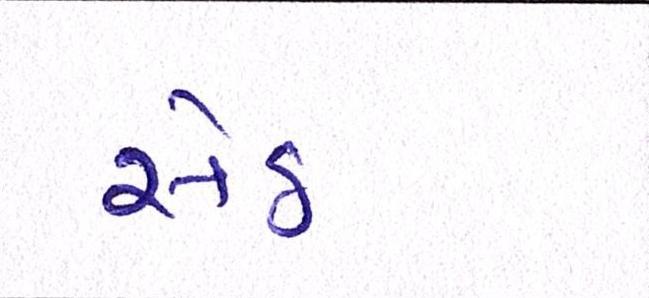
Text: સેઠ